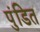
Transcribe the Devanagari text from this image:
पुंडित